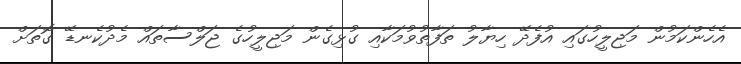
އެހެންކަމުން މަޖިލީހުގައި އުފެދޭ ހިޔާލު ތަފާތުވުމަކާއި ގުޅިގެން މަޖިލީހުގެ ޖަލްސާތައް މެދުކެނޑޭ ގޮތަށް